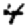
Digit: 4